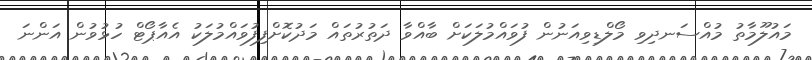
މައުލޫމާތު މުއްސަނދިވި މޯލްޑިވިއަނުން ފުވައްމުލަކަށް ބާއްވާ ދަތުރުތައް މަދުކޮށްފިފުވައްމުލަކު އެއާޕޯޓް ހުޅުވުން އަންނަ